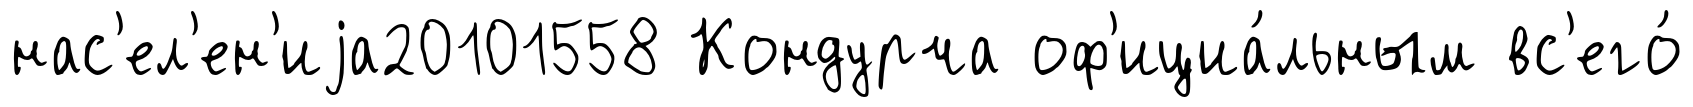
нас'ел'ен'иjа20101558 Кондурча оф'ициа́льным вс'его́